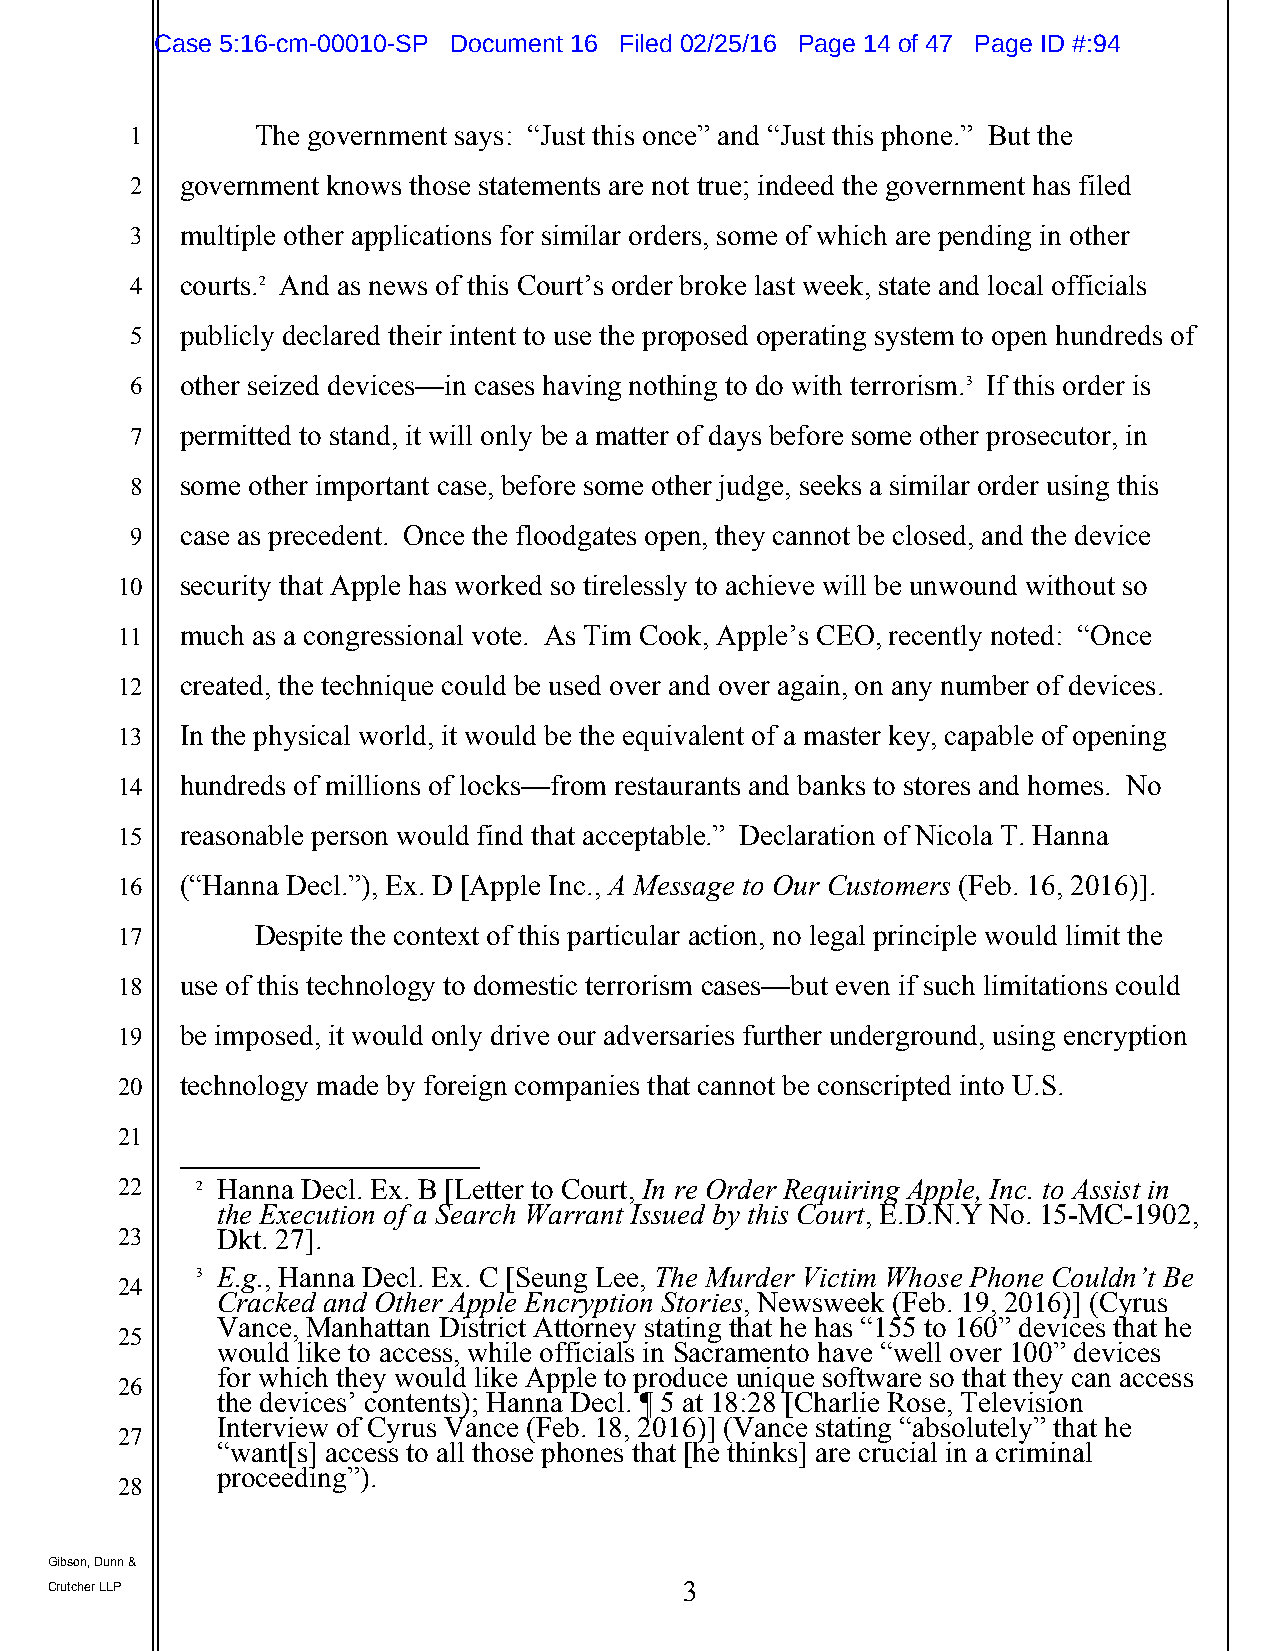
Case 5:16-cm-00010-SP Document 16 Filed 02/25/16 Page 14 of 47 Page ID #:94
 1       The government says: “Just this once” and “Just this phone.” But the
 2  government knows those statements are not true; indeed the government has filed
 3  multiple other applications for similar orders, some of which are pending in other
 4  courts.2 And as news of this Court’s order broke last week, state and local officials
 5  publicly declared their intent to use the proposed operating system to open hundreds of
 6  other seized devices—in cases having nothing to do with terrorism.3 If this order is
 7  permitted to stand, it will only be a matter of days before some other prosecutor, in
 8  some other important case, before some other judge, seeks a similar order using this
 9  case as precedent. Once the floodgates open, they cannot be closed, and the device
 10  security that Apple has worked so tirelessly to achieve will be unwound without so
 11  much as a congressional vote. As Tim Cook, Apple’s CEO, recently noted: “Once
 12  created, the technique could be used over and over again, on any number of devices.
 13  In the physical world, it would be the equivalent of a master key, capable of opening
 14  hundreds of millions of locks—from restaurants and banks to stores and homes. No
 15  reasonable person would find that acceptable.” Declaration of Nicola T. Hanna
 16  (“Hanna Decl.”), Ex. D [Apple Inc., A Message to Our Customers (Feb. 16, 2016)].
 17       Despite the context of this particular action, no legal principle would limit the
 18  use of this technology to domestic terrorism cases—but even if such limitations could
 19  be imposed, it would only drive our adversaries further underground, using encryption
 20  technology made by foreign companies that cannot be conscripted into U.S.
 21
 22   2 Hanna Decl. Ex. B [Letter to Court, In re Order Requiring Apple, Inc. to Assist in
 the Execution of a Search Warrant Issued by this Court, E.D.N.Y No. 15-MC-1902,
 23    Dkt. 27].
 3 E.g., Hanna Decl. Ex. C [Seung Lee, The Murder Victim Whose Phone Couldn’t Be
 24
 Cracked and Other Apple Encryption Stories, Newsweek (Feb. 19, 2016)] (Cyrus
 Vance, Manhattan District Attorney stating that he has “155 to 160” devices that he
 25
 would like to access, while officials in Sacramento have “well over 100” devices
 for which they would like Apple to produce unique software so that they can access
 26
 the devices’ contents); Hanna Decl. ¶ 5 at 18:28 [Charlie Rose, Television
 Interview of Cyrus Vance (Feb. 18, 2016)] (Vance stating “absolutely” that he
 27
 “want[s] access to all those phones that [he thinks] are crucial in a criminal
 proceeding”).
 28
 Gibson, Dunn &
 Crutcher LLP                              3